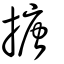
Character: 搪